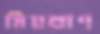
মিয়ম্রাণ